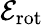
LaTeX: \mathcal{E}_{\mathrm{rot}}